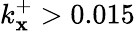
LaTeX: k_{\mathbf{x}}^{+}>0.015